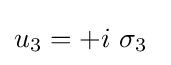
u_{3}=+i\ \sigma _{3}~